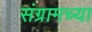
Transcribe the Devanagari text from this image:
संग्रामच्या